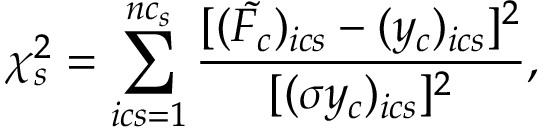
\chi _ { s } ^ { 2 } = \sum _ { i c s = 1 } ^ { n c _ { s } } \frac { [ ( \tilde { F _ { c } } ) _ { i c s } - ( y _ { c } ) _ { i c s } ] ^ { 2 } } { [ ( \sigma y _ { c } ) _ { i c s } ] ^ { 2 } } ,